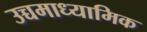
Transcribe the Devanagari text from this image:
उच्चमाध्यामिक